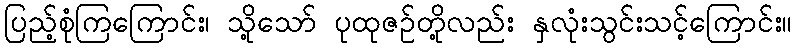
ပြည့်စုံကြကြောင်း၊ သို့သော် ပုထုဇဉ်တို့လည်း နှလုံးသွင်းသင့်ကြောင်း။